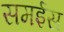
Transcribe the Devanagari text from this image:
समईस